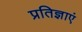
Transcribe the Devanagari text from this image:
प्रतिज्ञाएं